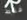
فقط